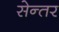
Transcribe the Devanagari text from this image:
सेन्तर